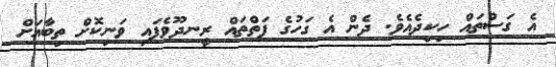
އެ ގަސްތައް ހިކިދެއެވެ. ދެން އެ ގަހުގެ ފަތްތައް ރީނދޫވެފައި ވަނިކޮށް ތިބާއަށް